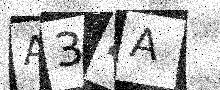
Text: A34A